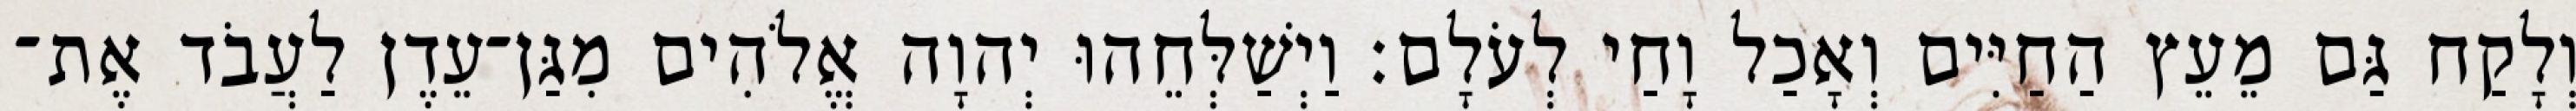
וְלָקַח גַּם מֵעֵץ הַחַיִּים וְאָכַל וָחַי לְעֹלָם׃ וַיְשַׁלְּחֵהוּ יְהוָה אֱלֹהִים מִגַּן־עֵדֶן לַעֲבֹד אֶת־